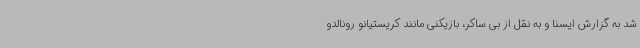
شد به گزارش ایسنا و به نقل از بی ساکر، بازیکنی مانند کریستیانو رونالدو